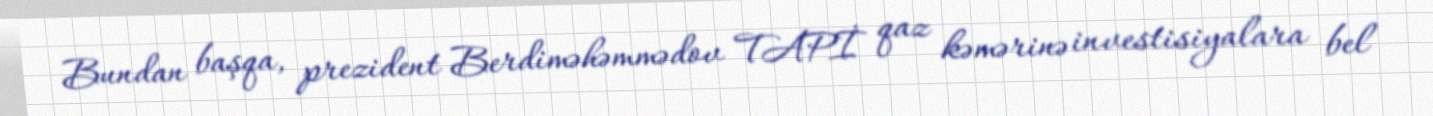
Bundan başqa, prezident Berdiməhəmmədov TAPİ qaz kəmərinə investisiyalara bel